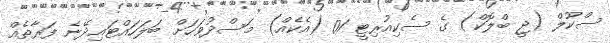
ސްކޫލް (ޖީ ބްލޮކް) ގެ ސެކިއުރިޓީ 01 (އެކެއް) މަސްދުވަހަށް ބަލަހައްޓައިދޭނެ ފަރާތެއް